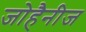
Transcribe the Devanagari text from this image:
जोहैनीज